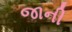
જાની